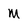
Character: M